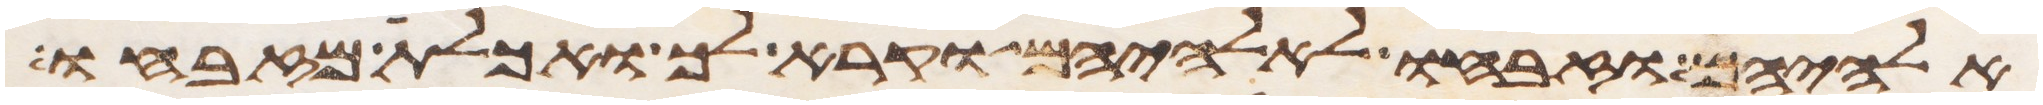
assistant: אלהיהם וזבחו לאלהיהם וקרא לך ואכלת מזבחו